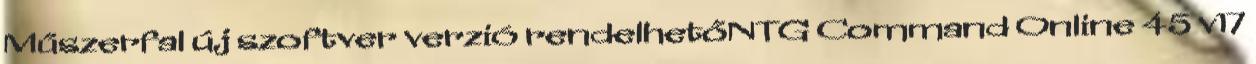
Műszerfal új szoftver verzió rendelhetőNTG Command Online 45 v17